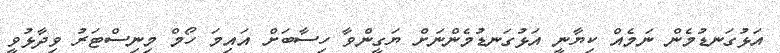
އަޅުގަނޑުމެން ނަމެއް ކިޔާނީ އަޅުގަނޑުމެންނަށް ޔަގީންވާ ހިސާބަށް އައިމަ ހޯމް މިނިސްޓަރު ވިދާޅުވީ